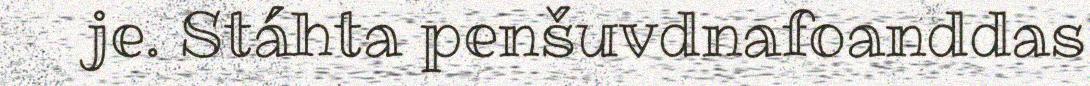
je. Stáhta penšuvdnafoanddas